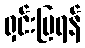
ရှင်းပြရန်